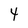
Character: 4